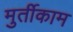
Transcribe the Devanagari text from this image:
मुर्तीकाम